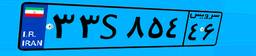
۲۲S۹۶۱۸۵